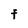
Character: F